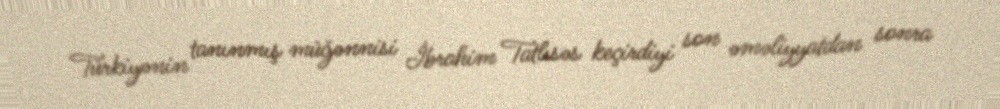
Türkiyənin tanınmış müğənnisi İbrahim Tatlısəs keçirdiyi son əməliyyatdan sonra